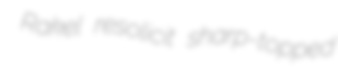
Rakel resolicit sharp-topped